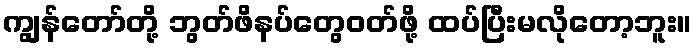
ကျွန်တော်တို့ ဘွတ်ဖိနပ်တွေဝတ်ဖို့ ထပ်ပြီးမလိုတော့ဘူး။